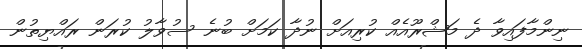
ނިންމާފައިވާ ދެ މަޝްރޫއެއް ކުރިއަށް ނުދާ ކަމަށް ބުނެ ސުވާލު ކުރަން ރައްޔިތުން